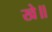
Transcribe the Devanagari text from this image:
खे॥